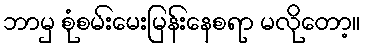
ဘာမှ စုံစမ်းမေးမြန်းနေစရာ မလိုတော့။